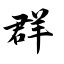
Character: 群